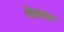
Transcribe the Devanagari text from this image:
नेत्रात